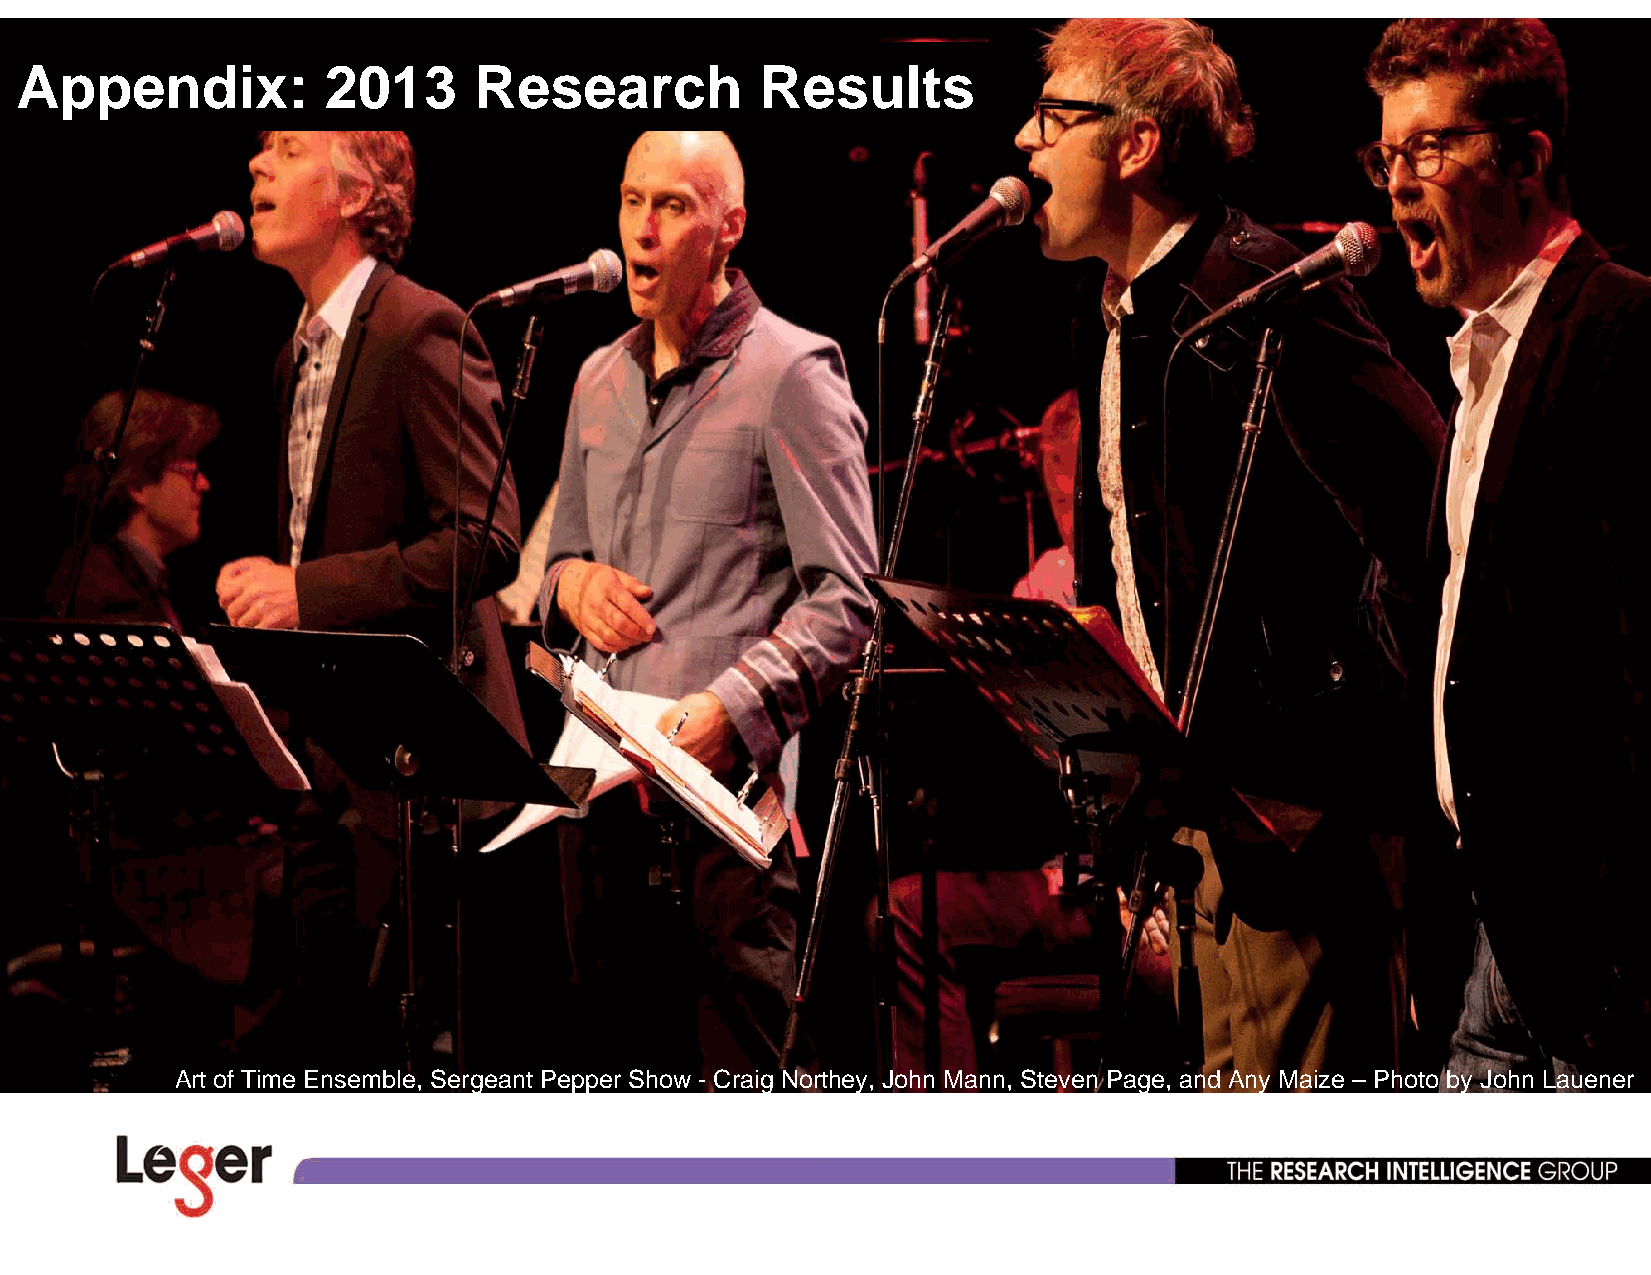
Appendix:           2013      Research           Results
 Art of Time Ensemble, Sergeant Pepper Show - Craig Northey, John Mann, Steven Page, and Any Maize – Photo by John Lauener